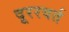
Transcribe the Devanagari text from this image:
दूररवर्त